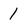
Character: 1